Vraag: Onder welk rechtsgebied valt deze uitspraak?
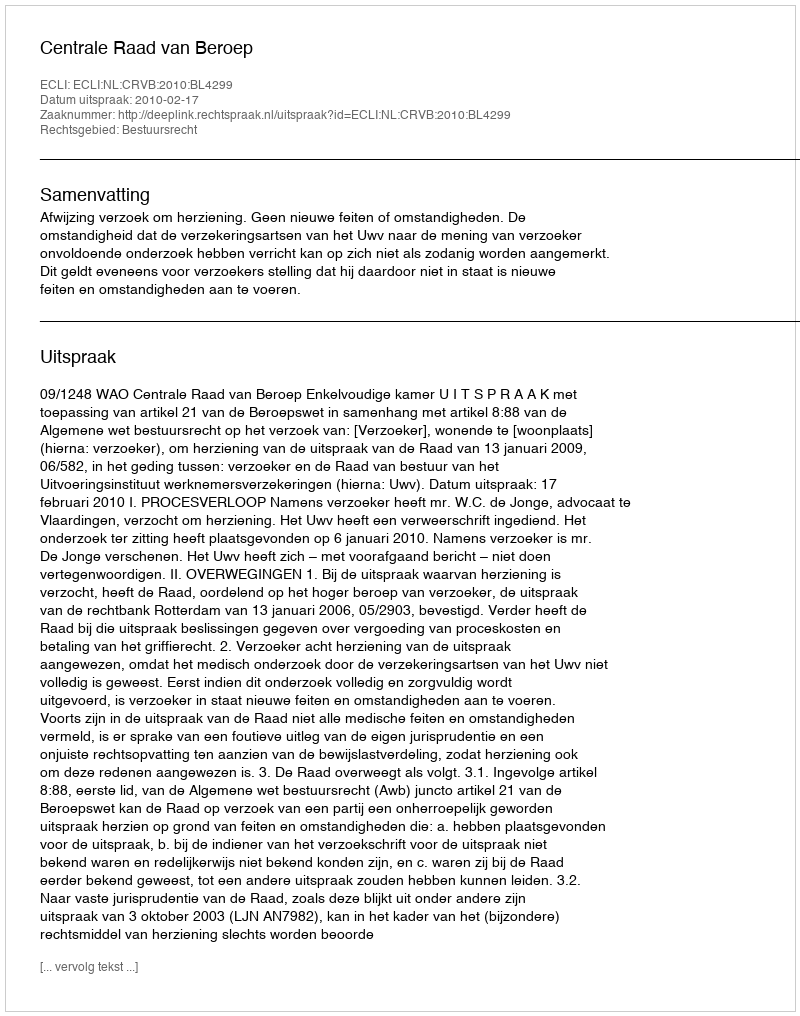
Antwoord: Bestuursrecht